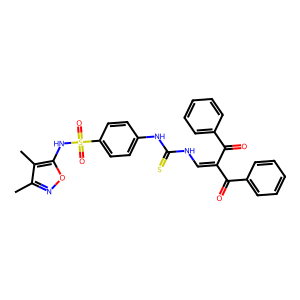
SMILES: Cc1noc(NS(=O)(=O)c2ccc(NC(=S)NC=C(C(=O)c3ccccc3)C(=O)c3ccccc3)cc2)c1C
Inhibits HIV replication: No